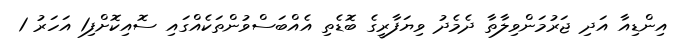
އިންޑިއާ އަދި ޖަރުމަންވިލާތާ ދެމެދު ވިޔަފާރީގެ ބޮޑެތި އެއްބަސްވުންތަކެއްގައި ސޮއިކޮށްފި1 އަހަރު 1